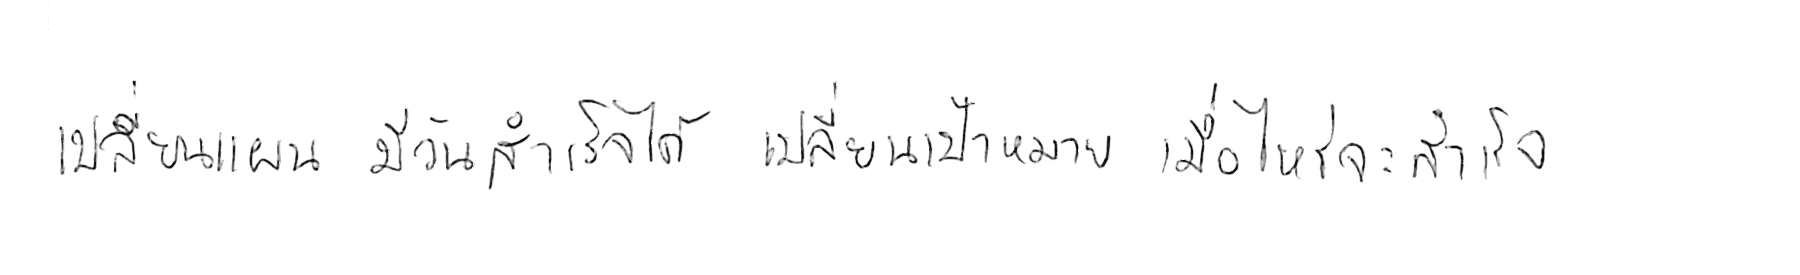
เปลี่ยนแผน มีวันสำเร็จได้ เปลี่ยนเป้าหมาย เมื่อไหร่จะสำเร็จ